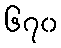
၆၇၀